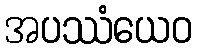
အပဿံယေဝ